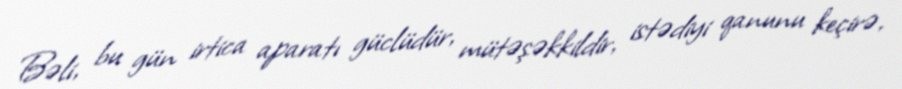
Bəli, bu gün irtica aparatı güclüdür, mütəşəkkildir, istədiyi qanunu keçirə,